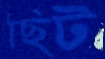
ছিট